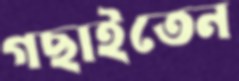
গছাইতেন